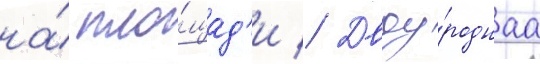
на́ пло́щад'и // Двоу́роднаа